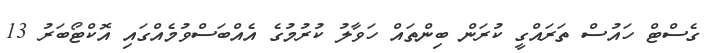
ގެސްޓް ހައުސް ތަރައްގީ ކުރަން ބިންތައް ހަވާލު ކުރުމުގެ އެއްބަސްވުމެއްގައި އޮކްޓޯބަރު 13